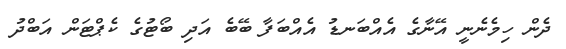
ދެން ހިމެނެނީ އޭނާގެ އެއްބަނޑު އެއްބަފާ ބޭބެ އަދި ބޯޓުގެ ކެޕްޓަން އަބްދު